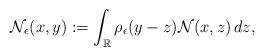
LaTeX: \begin{align*}\mathcal{N}_{\epsilon}(x,y):=\int_{\mathbb{R}} \rho_{\epsilon} (y-z)\mathcal{N}(x,z)\,dz,\end{align*}